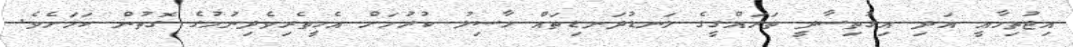
އިޖުތިމާއީ އަދި އިގުތިސާދީ ތަރައްގީގެ ލަނޑުދަނޑިތައް ހާސިލު ކުރުމަށް އެހީތެރިވެދިނުމުގެ ގޮތުން ކަމަށެވެ.